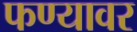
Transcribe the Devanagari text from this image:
फण्यावर